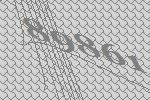
89861